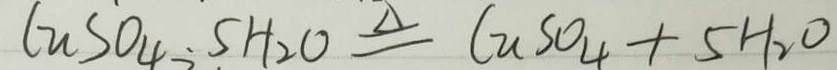
C u S O _ { 4 } + 5 H _ { 2 } O \xlongequal { \Delta } C u S O _ { 4 } + 5 H _ { 2 } O